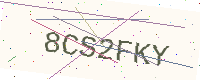
Text: 8CS2FKY